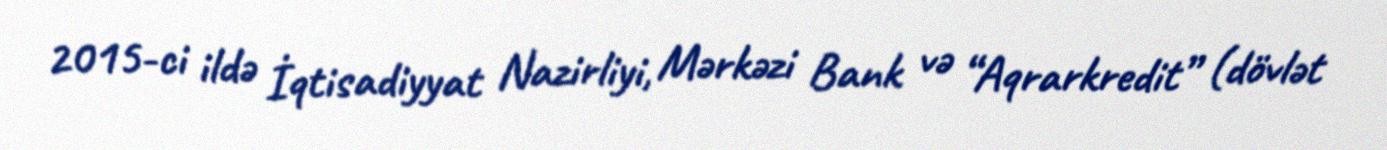
2015-ci ildə İqtisadiyyat Nazirliyi, Mərkəzi Bank və “Aqrarkredit” (dövlət